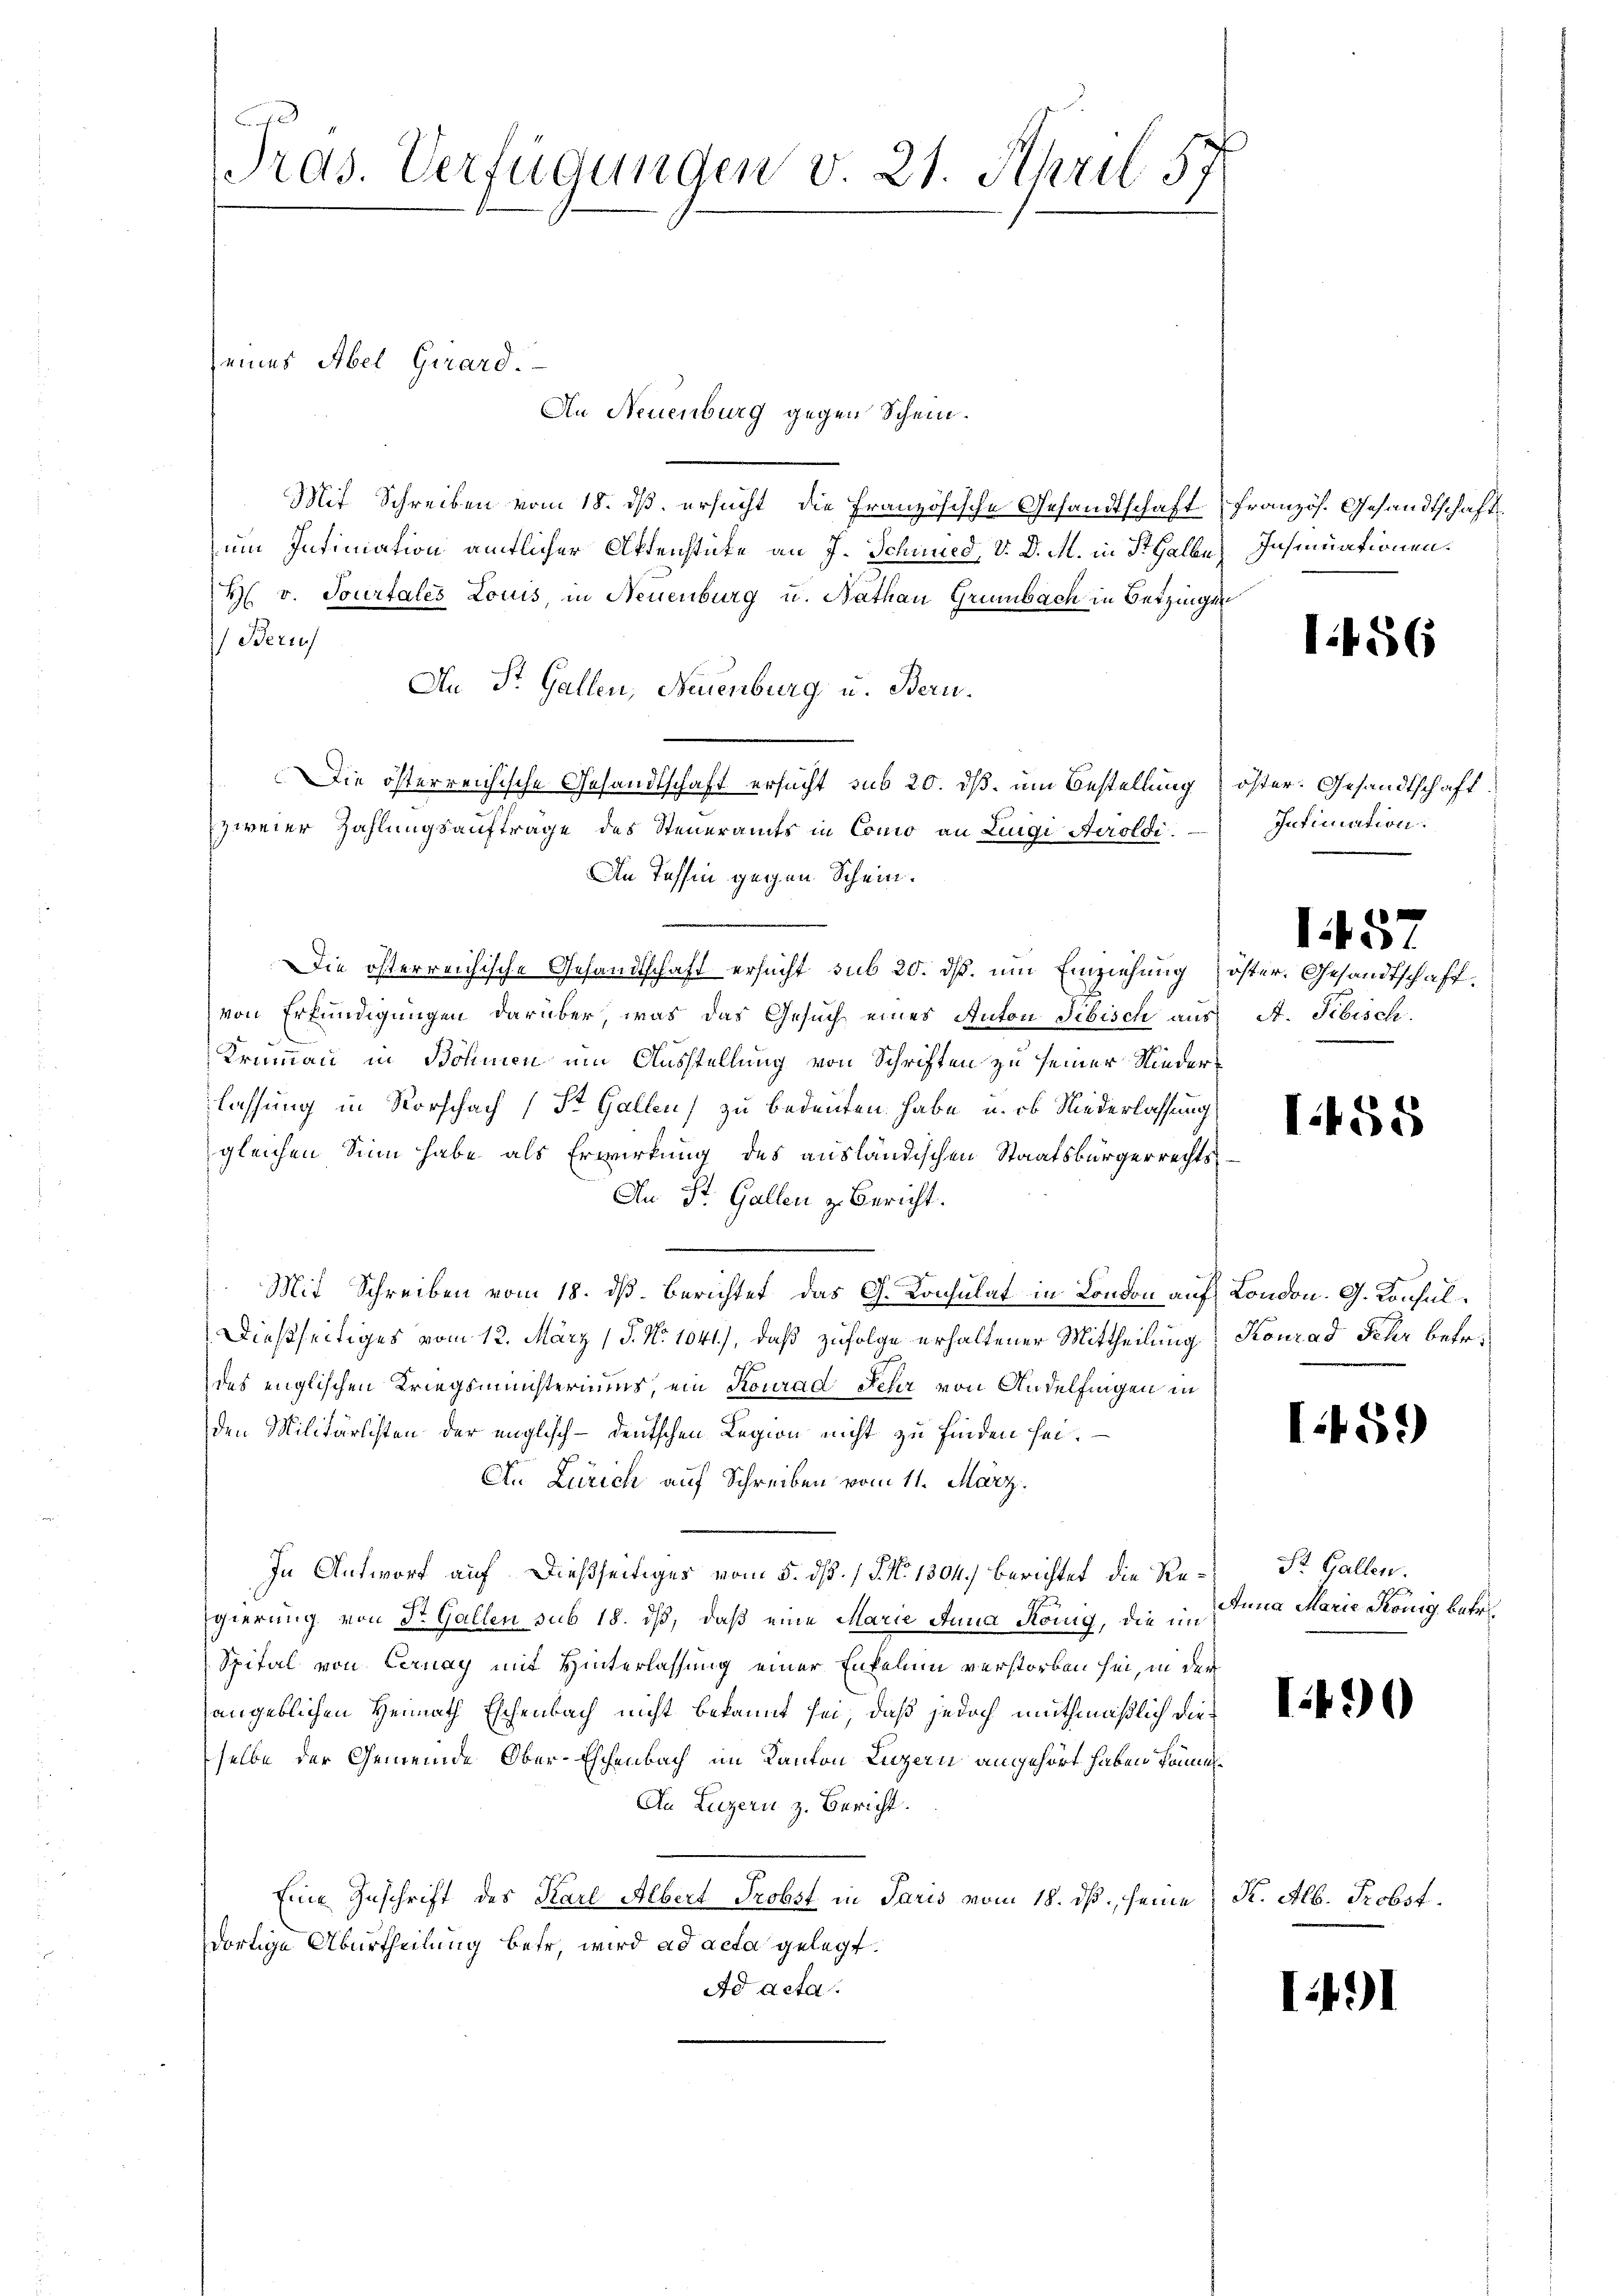
eines Abel Girard.
An Neuenburg gegen Schein.
Mit Schreiben vom 18. ds. ersucht, die Französische Gesandtschaft
um Intimation amtlicher Aktenstüke an J. Schmied, V. D. M. in St. Galle
H. v. Tourtales Louis, in Neuenburg u. Nathan Grünbach in Setzingen
Beruf
An St. Gallen, Neuenburg u. Beru¬
Die österreichische Gesandtschaft ersucht sub 20. dß. um Bestellung) öster. Gesandtschaft
zweier Zahlungsauftrage des Steueramts in Como an Luigi Aeroldi.
An Tessin gegen Schein.
Die österreichische Gesandtschaft ersucht sub 20. dß. um Einziehung öster. Gesandtschaftvon Erkundigungen darüber, was das Gesuch eines Anton Sibisch aus
Krummann in Bohnien um Ausstellung von Schriften zu seiner Niederlassung in Vorschach (St. Gallen) zu bedeuten habe, u. ob Niederlassung:
gleichen Sinn habe als Erwirkung des ausländischen Staatsbürgerrechts¬
An St. Gallen z. Bericht.
Mit Schreiben vom 18. dß. Berichtet, das G. Konsulat in London auf London. G. Konsul¬
Dießseitiges vom 12. März (§. N. 1041), daß zufolge erhaltener Mittheilung Konrad Sehr betr.
des englischen Kriegsministeriums, ein Konrad Fehr von Andelfingen in
den Militärlisten der englisch-deutschen Legion nicht zu finden sei.
An Zürich auf Schreiben vom 11. März.
In Antwort auf dießseitiges vom 5. dß. / 5. No. 1304) berichtet die Re- St. Gallen.
gierung von Dr. Gallen sub 18. ds, daß eine Marie Anna König, die im
Spital von Cernay mit Hinterlassung einer Enkelin verstorben sei, in der
angeblichen Heimath Eschenbach nicht bekannt sei, daß jedoch muthmaßlich dieselbe der Gemeinde Ober-Eschenbach, im Kanton Luzern angehört haben können
An Luzern z. Bericht.
Eine Zuschrift des Karl Albert Probst in Paris vom 18. ds. seine K. Alb. Probst.
dortige Aburtheilung betr. wird ad acta gelegt.
Ad acta

.
Pras. Verfügungen v. 21. April 57

ranzös. Gesandtschaft
Insinuationen.

1456

Intimation.
.

A. Tibisch.

1457

.458

459)

Anna Marie König, betr.

.490

1491